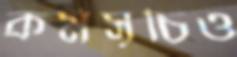
কর্মসূচিও